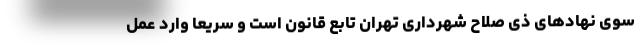
سوی نهادهای ذی صلاح شهرداری تهران تابع قانون است و سریعاً وارد عمل